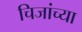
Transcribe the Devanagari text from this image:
चिजांच्या